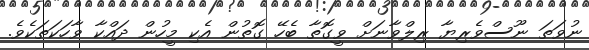
ނުވަތަ ނޫސްވެރިޔާ ރިލްވާނަށް ވީގޮތާ ބެހޭ ގޮތުން އެކި މީހުން ދައްކާ ވާހަކަތަކެވެ.